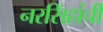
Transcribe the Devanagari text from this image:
नरसिंहांची